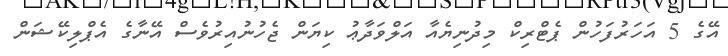
އޭގެ 5 އަހަރުފަހުން ޕެޓްރިކް މިދުނިޔެއާ އަލްވަދާޢު ކިޔަން ޖެހުނުއިރުވެސް އޭނާގެ އެޕްލިކޭޝަން